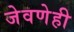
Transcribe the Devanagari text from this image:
जेवणेही